Vaccination in the Punjab 1919-1929 - 1919-1929
Year: 1919
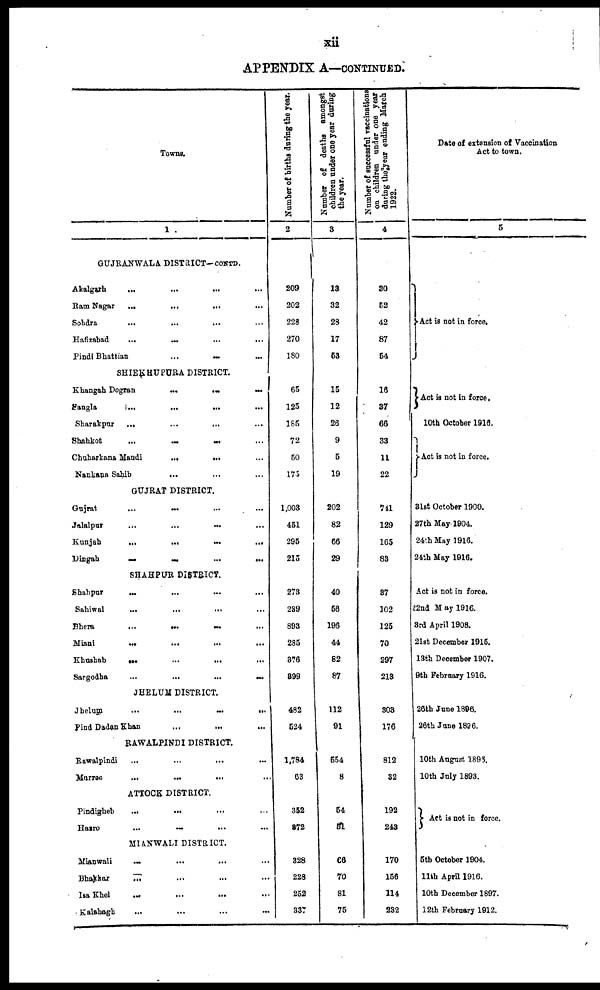
xii
APPENDIX A—CONTINUED
Towns.
1
GUJRANWALA DISTRICT-CONTD.
Akalgarh ... ... ... ...
Ram Nagar
...
...
... ...
Sohdra
...
...
... ...
Hafizabad ... ... ... ...
Pindi Bhattian
...
...
...
SHIEKHUPURA DISTRICT.
Khangah Dogran
...
...
...
Sangla
...
...
...
...
Sharakpur
...
...
... ...
Shahkot
...
...
...
...
Chuharkana Mandi
...
... ...
Nankana Sahib ... ... ...
GUJRAT DISTRICT.
Gujrat
...
...
...
...
Jalalpur ... ... ... ...
Kunjah
...
...
...
...
Dingah
...
...
...
...
SHAHPUR DISTRICT.
Shahpur ... ... ... ...
Sahiwal ... ... ... ...
Bhera
...
...
...
...
Miani
...
...
...
...
Khushab
...
...
...
...
Sargodha
...
...
...
...
JHELUM DISTRICT.
Jhelum
...
...
... ...
Pind Dadan Khan ... ... ...
RAWALPINDI DISTRICT.
Rawalpindi ... ... ... ...
Murree ... ... ... ...
ATTOCK DISTRICT.
Pindigheb ... ... ... ...
Hasro
...
...
...
...
MIANWALI DISTRICT.
Mianwali ... ... ... ...
Bhakkar ... ... ... ...
Isa Khel ... ... ... ...
Kalabagh ... ... ... ...
Number of births during the year.
2
209
202
228
270
180
65
125
185
72
50
175
1,008
451
295
215
273
239
893
285
376
899
482
524
1,784
63
352
372
328
228
252
337
Number of deaths amongst
children under one year during
the year.
3
18
32
28
17
53
15
12
26
9
5
19
202
82
66
29
40
66
196
44
82
87
112
91
554
8
54
51
66
70
81
75
Number of successful vaccinations
on children under one year
during the year ending March
1922.
4
30
52
42
87
54
16
37
66
33
11
22
741
129
165
83
87
102
125
70
297
218
308
176
812
32
192
248
170
156
114
232
Date of extension of Vaccination
Act to town.
5
Act is not in force.
Act is not in force.
10th October 1916.
Act is not in force.
31st October 1900.
27th May 1904.
24th May 1916.
24th May 1916.
Act is not in force.
22nd M ay 1916.
3rd April 1908.
21st December 1916.
13th December 1907.
9th February 1916.
26th June 1896.
26th June 1896.
10th August 1896.
10th July 1893.
Act is not in force.
5th October 1904.
11th April 1916.
10th December 1897.
12th February 1912.